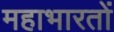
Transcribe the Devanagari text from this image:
महाभारतों